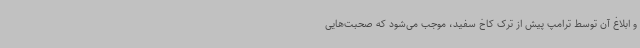
و ابلاغ آن توسط ترامپ پیش از ترک کاخ سفید، موجب می‌شود که صحبت‌هایی